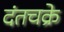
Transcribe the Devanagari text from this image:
दंतचक्रे